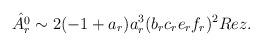
LaTeX: \begin{align*}\hat{A_r^0}\sim2(-1+a_r)a_r^3(b_rc_re_rf_r)^2Re z.\end{align*}